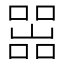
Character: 𡼚